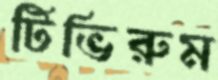
টিভিরুম